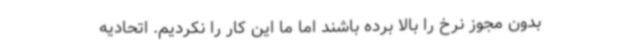
بدون مجوز نرخ را بالا برده باشند اما ما این کار را نکردیم. اتحادیه